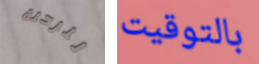
للرحلة بالتوقيت